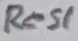
Text: Res1